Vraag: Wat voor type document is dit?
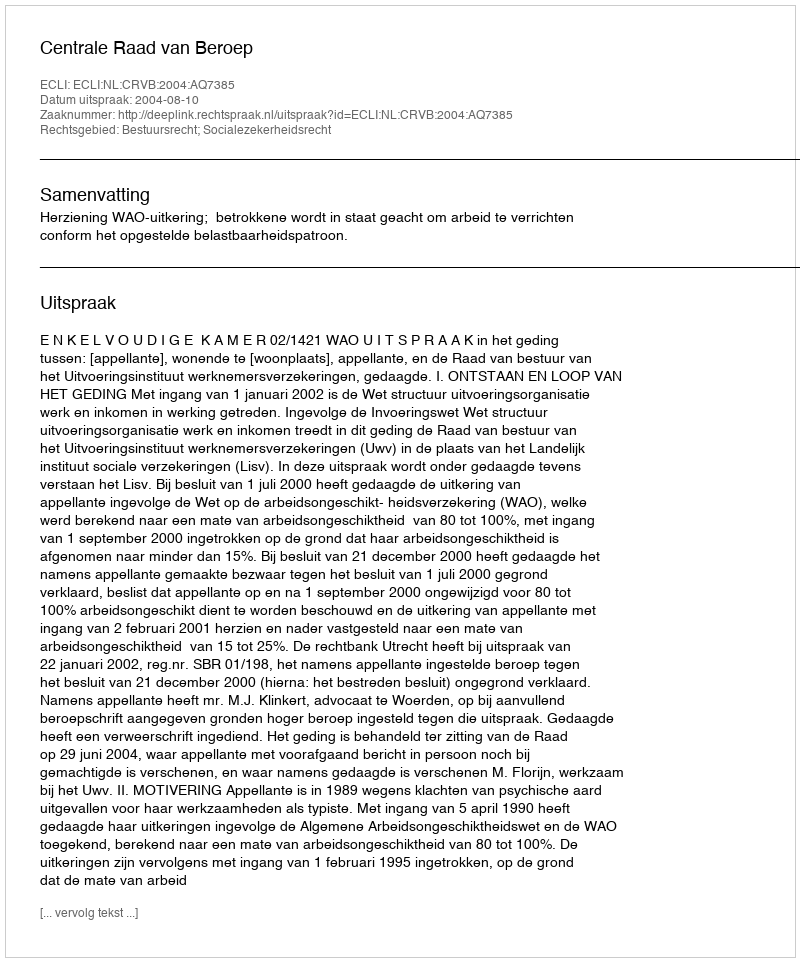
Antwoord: Uitspraak